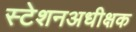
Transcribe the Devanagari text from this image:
स्टेशनअधीक्षक